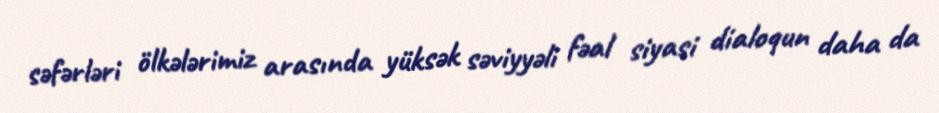
səfərləri ölkələrimiz arasında yüksək səviyyəli fəal siyasi dialoqun daha da